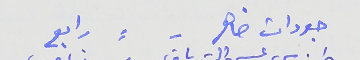
جودات ضاهر -     ⸗    رابع